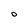
Character: O